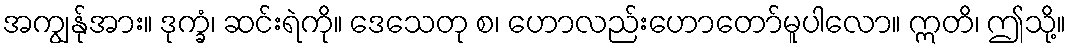
အကျွန်ုအား။ ဒုက္ခံ၊ ဆင်းရဲကို။ ဒေသေတု စ၊ ဟောလည်းဟောတော်မူပါလော။ ဣတိ၊ ဤသို့။